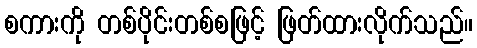
စကားကို တစ်ပိုင်းတစ်စဖြင့် ဖြတ်ထားလိုက်သည်။